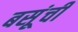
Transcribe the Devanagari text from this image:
बसूंची